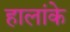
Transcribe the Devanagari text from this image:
हालांके